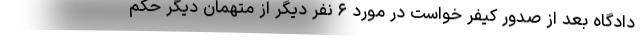
دادگاه بعد از صدور کیفر خواست در مورد ۶ نفر دیگر از متهمان دیگر حکم